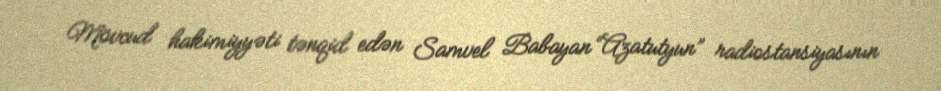
Mövcud hakimiyyəti tənqid edən Samvel Babayan “Azatutyun” radiostansiyasının